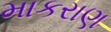
માકરાણ